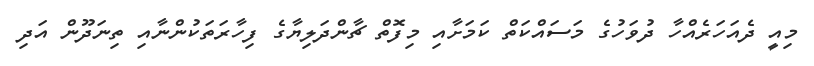
މިއީ ދެއަހަރެއްހާ ދުވަހުގެ މަސައްކަތް ކަމަށާއި މިފޮތް ޗާންދަލިޔާގެ ފިހާރަތަކުންނާއި ތިނަދޫން އަދި